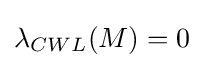
\lambda _{CWL}(M)=0